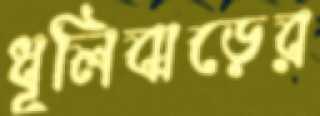
ধূলিঝড়ের